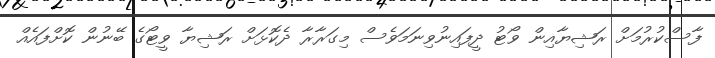
ފާސްކުރުމަށް ރަޝިޔާއިން ވޯޓު ދީފައިނުވިނަމަވެސް މިގަރާރާ ދެކޮޅަށް ރަޝިޔާ ވީޓޯގެ ބޭނުން ކޮށްފައެއް